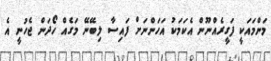
މަންމައަކީ ފަގީރެއްނޫން އެކަމަކު އަހަންނަށް ފައިސާ ލިބޭނޭ މަގެއް ހޯދަން ޖެހުނީ އެ